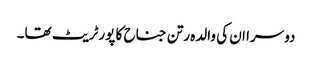
دوسرا ان کی والدہ رتن جناح کا پورٹریٹ تھا۔